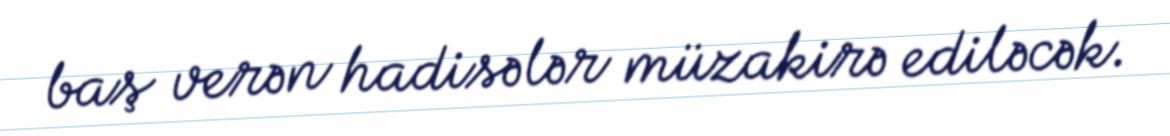
baş verən hadisələr müzakirə ediləcək.